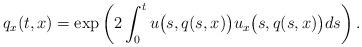
LaTeX: \begin{align*}q_x(t,x)=\exp\left(2\int_0^t u\big(s,q(s,x)\big)u_x\big(s,q(s,x)\big)ds\right).\end{align*}